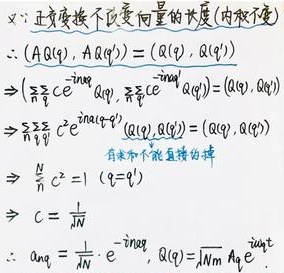
因为正交变换不改变向量的长度（内积不变），所以 \((A\alpha(q),A\alpha(q')) = (\alpha(q),\alpha(q'))\)。
\(\Rightarrow (\sum_{q_1}\sum_{q_2} c e^{- i \alpha q_1} \alpha_{q_1},\sum_{q_1}\sum_{q_2} c e^{- i \alpha q_2} \alpha_{q_2}) = (\alpha(q),\alpha(q'))\)
\(\Rightarrow\sum_{q_1}\sum_{q_2} c^{2} e^{i \alpha(q_1 - q_2)} (\alpha(q_1),\alpha(q_2)) = (\alpha(q),\alpha(q'))\)
有求和不能直接约掉，\(\Rightarrow \sum_{q} c^{2} = 1\ (q = q')\)
\(\Rightarrow c = \frac{1}{\sqrt{N}}\)
\(\therefore A\alpha_{q}=\frac{1}{\sqrt{N}}e^{- i \alpha q},\alpha(q)=\sqrt{N} A\alpha_{q}e^{i \alpha q}\)